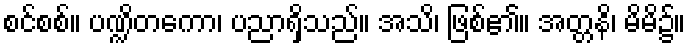
စင်စစ်။ ပဏ္ဍိတကော၊ ပညာရှိသည်။ အသိ၊ ဖြစ်၏။ အတ္တနိ၊ မိမိ၌။